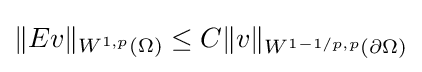
\|Ev\|_{W^{1,p}(\Omega )}\leq C\|v\|_{W^{1-1/p,p}(\partial \Omega )}